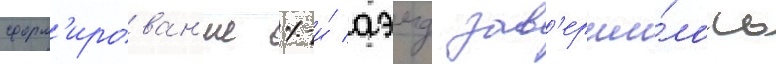
сформ'ирован'ие 1-и́ аэмд зав'ерши́лось